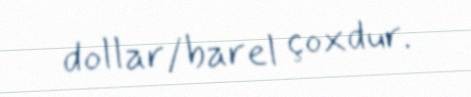
dollar/barel çoxdur.